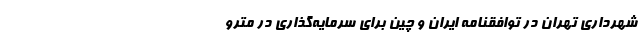
شهرداری تهران در توافقنامه ایران و چین برای سرمایه‌گذاری در مترو